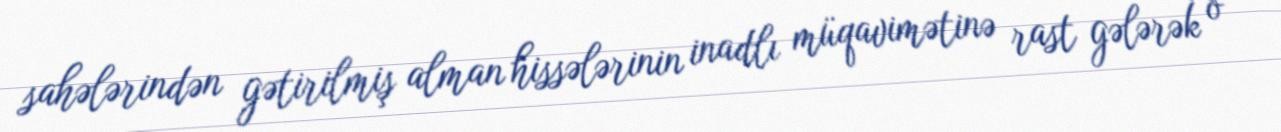
sahələrindən gətirilmiş alman hissələrinin inadlı müqavimətinə rast gələrək o